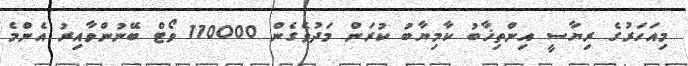
މިއަހަރުގެ ރިޔާސީ އިންތިޚާބު ކާމިޔާބު ކުރަން މަދުވެގެން 110000 ވޯޓް ބޭނުންވާއިރު އެންމެ